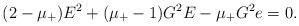
LaTeX: \begin{align*}(2-\mu_+)E^2+(\mu_+-1)G^2E-\mu_+G^2e=0.\end{align*}